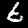
Digit: 6